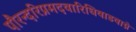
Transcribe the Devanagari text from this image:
पौरन्दरिप्रमदवारिधिवाडवाग्ने